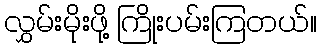
လွှမ်းမိုးဖို့ ကြိုးပမ်းကြတယ်။